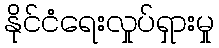
နိုင်ငံရေးလှုပ်ရှားမှု